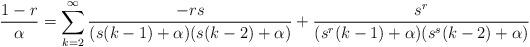
LaTeX: \begin{align*}\frac{1-r}{\alpha}=\sum_{k=2}^{\infty}{\frac{-rs}{(s(k-1)+\alpha)(s(k-2)+\alpha)}+\frac{s^r}{(s^r(k-1)+\alpha)(s^s(k-2)+\alpha)}} \end{align*}